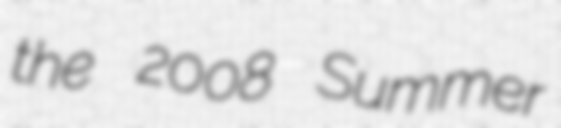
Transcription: the 2008 Summer